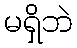
မရှိဘဲ